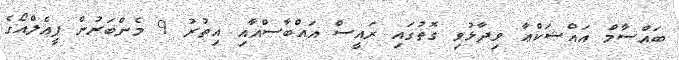
ބައްސާމް އައްޝަކްޢާ ވިދާޅުވި ގޮތުގައި ރައީސް އައްބާސްއާއި އިތުރު 9 މެންބަރުން ޕީއެލްއޯގެ